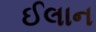
ઈલાન